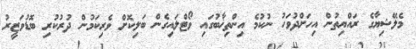
މެލޭޝިޔާގެ ރައްޔިތުން އިހަށްދުވަހު ނުކުމެ އިންތިޚާބުގައި ވޯޓްލައިގެން ބަލިކޮށް ވެރިކަމުން ދުރުކުރި ބޮޑުވަޒީރު